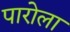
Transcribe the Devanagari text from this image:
पारोला